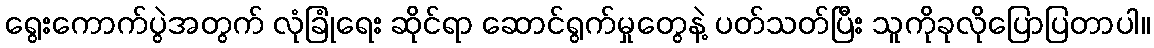
ရွေးကောက်ပွဲအတွက် လုံခြုံရေး ဆိုင်ရာ ဆောင်ရွက်မှုတွေနဲ့ ပတ်သတ်ပြီး သူကိုခုလိုပြောပြတာပါ။